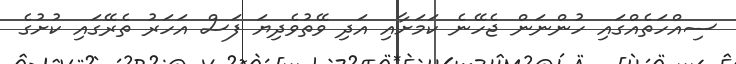
ސިއްހަތެއްގައި ހުންނަން ޖެހޭނެ ކަމަށާއި އަދި ވޭތުވެދިޔަ ފަސް އަހަރު ތެރޭގައި ކުށުގެ